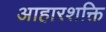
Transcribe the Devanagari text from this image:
आहारशक्ति